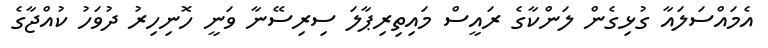
އެމައްސަލައާ ގުޅިގެން ލަންކާގެ ރައީސް މައިތިރިޕާލަ ސިރިސޭނާ ވަނީ ހޮނިހިރު ދުވަހު ކުއްޖާގެ